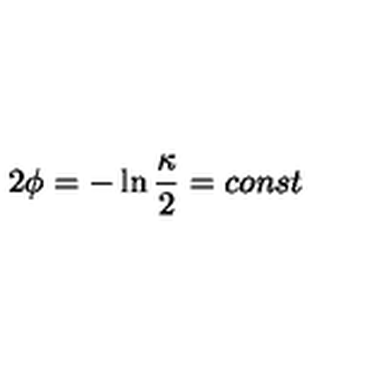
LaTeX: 2 \phi = - \ln { \frac { \kappa } { 2 } } = c o n s t